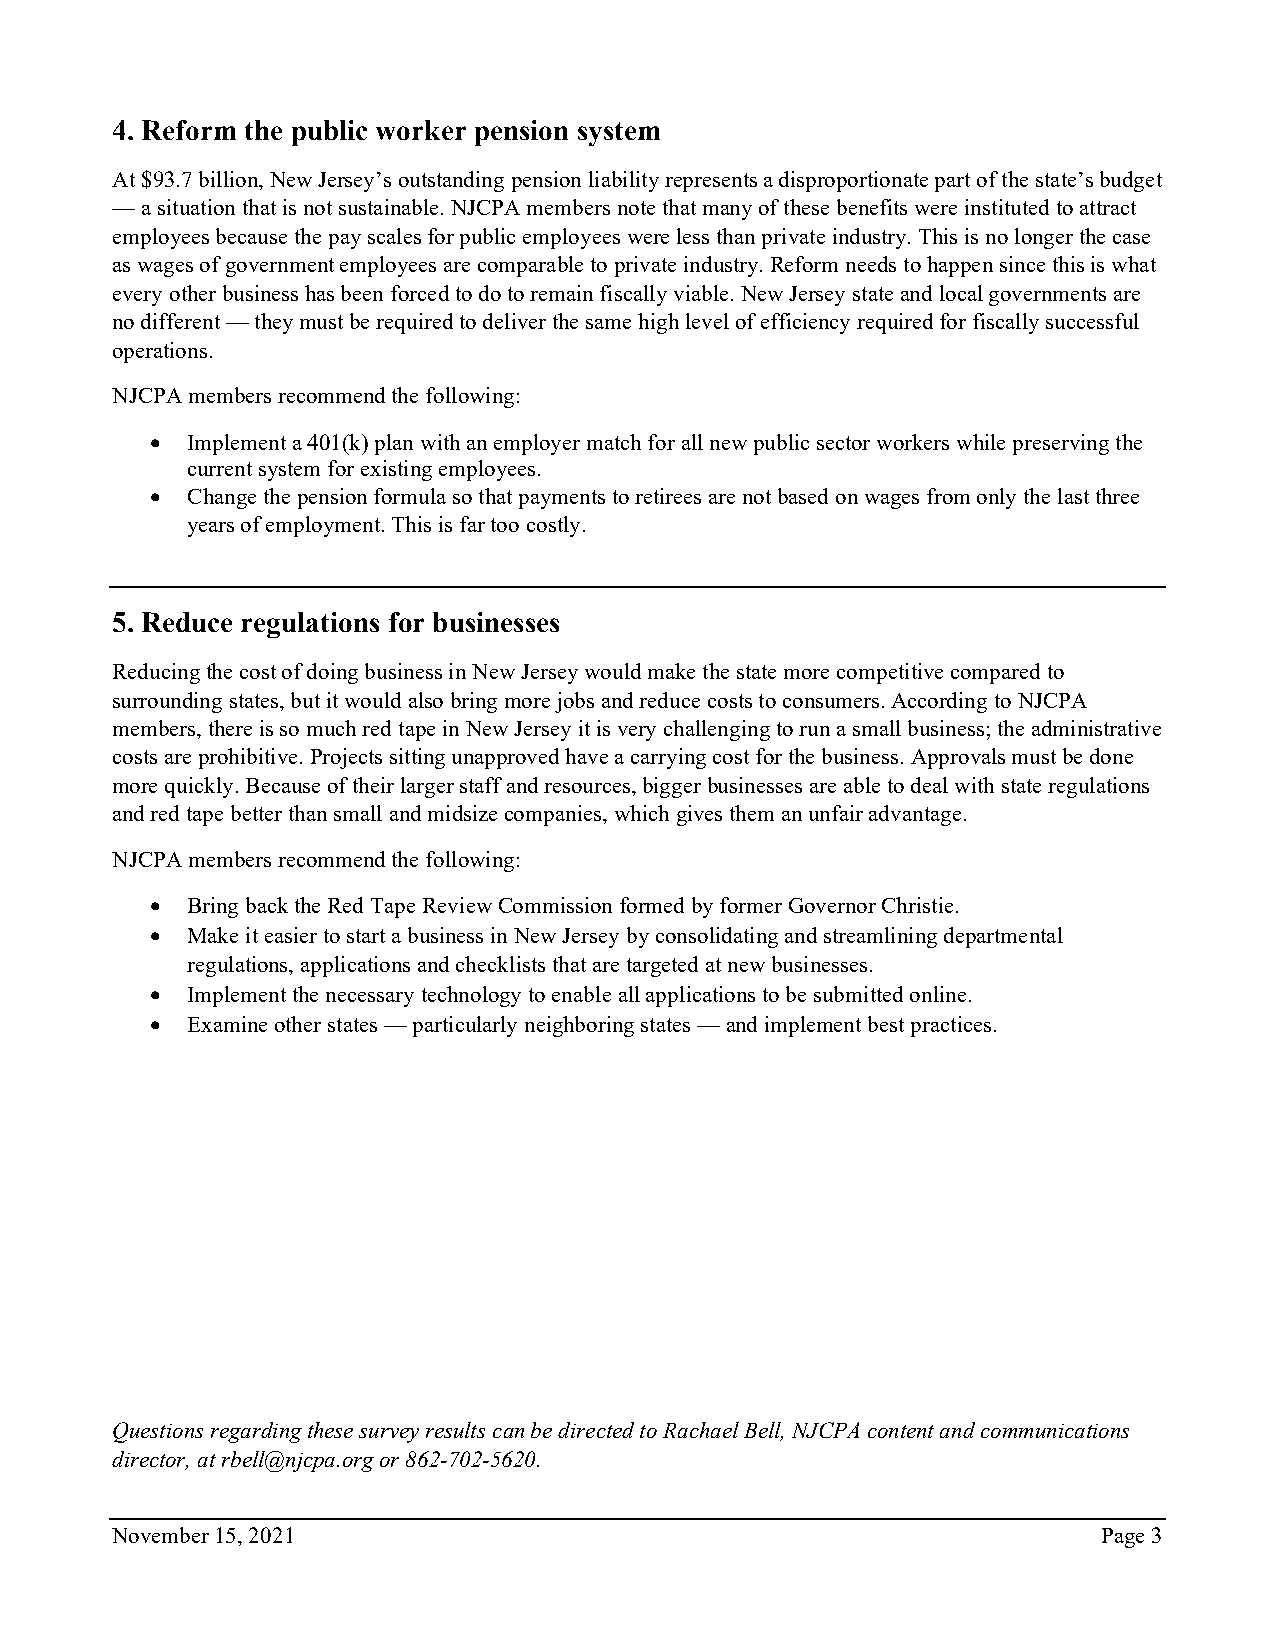
4. Reform the public worker pension system
 At $93.7 billion, New Jersey’s outstanding pension liability represents a disproportionate part of the state’s budget
 — a situation that is not sustainable. NJCPA members note that many of these benefits were instituted to attract
 employees because the pay scales for public employees were less than private industry. This is no longer the case
 as wages of government employees are comparable to private industry. Reform needs to happen since this is what
 every other business has been forced to do to remain fiscally viable. New Jersey state and local governments are
 no different — they must be required to deliver the same high level of efficiency required for fiscally successful
 operations.
 NJCPA members recommend the following:
 • Implement a 401(k) plan with an employer match for all new public sector workers while preserving the
 current system for existing employees.
 • Change the pension formula so that payments to retirees are not based on wages from only the last three
 years of employment. This is far too costly.
 5. Reduce regulations for businesses
 Reducing the cost of doing business in New Jersey would make the state more competitive compared to
 surrounding states, but it would also bring more jobs and reduce costs to consumers. According to NJCPA
 members, there is so much red tape in New Jersey it is very challenging to run a small business; the administrative
 costs are prohibitive. Projects sitting unapproved have a carrying cost for the business. Approvals must be done
 more quickly. Because of their larger staff and resources, bigger businesses are able to deal with state regulations
 and red tape better than small and midsize companies, which gives them an unfair advantage.
 NJCPA members recommend the following:
 • Bring back the Red Tape Review Commission formed by former Governor Christie.
 • Make it easier to start a business in New Jersey by consolidating and streamlining departmental
 regulations, applications and checklists that are targeted at new businesses.
 • Implement the necessary technology to enable all applications to be submitted online.
 • Examine other states — particularly neighboring states — and implement best practices.
 Questions regarding these survey results can be directed to Rachael Bell, NJCPA content and communications
 director, at rbell@njcpa.org or 862-702-5620.
 November 15, 2021                                                 Page 3